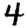
Digit: 4